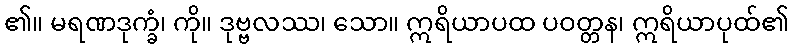
၏။ မရဏဒုက္ခံ၊ ကို။ ဒုဗ္ဗလဿ၊ သော။ ဣရိယာပထ ပဝတ္တန၊ ဣရိယာပုထ်၏